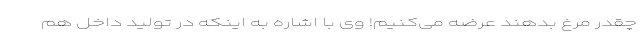
چقدر مرغ بدهند عرضه می‌کنیم! وی با اشاره به اینکه در تولید داخل هم